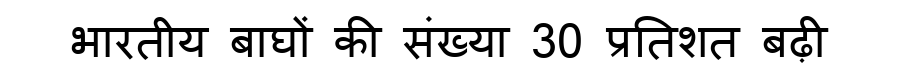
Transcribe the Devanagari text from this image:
भारतीय बाघों की संख्या 30 प्रतिशत बढ़ी